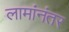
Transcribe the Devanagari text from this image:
लामांनंतर